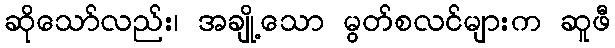
ဆိုသော်လည်း၊ အချို့သော မွတ်စလင်များက ဆူဖီ